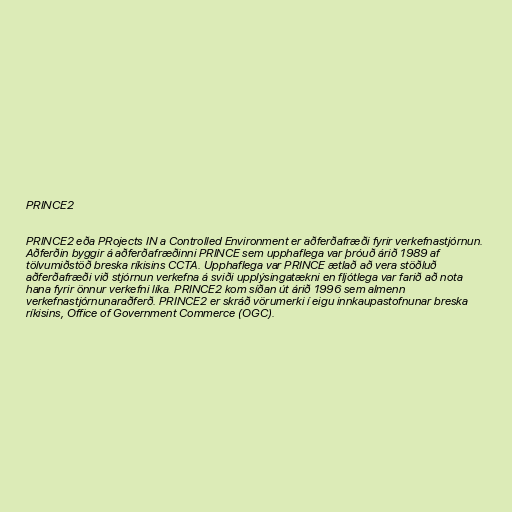
PRINCE2

PRINCE2 eða PRojects IN a Controlled Environment er aðferðafræði fyrir verkefnastjórnun.
Aðferðin byggir á aðferðafræðinni PRINCE sem upphaflega var þróuð árið 1989 af
tölvumiðstöð breska ríkisins CCTA. Upphaflega var PRINCE ætlað að vera stöðluð
aðferðafræði við stjórnun verkefna á sviði upplýsingatækni en fljótlega var farið að nota
hana fyrir önnur verkefni líka. PRINCE2 kom síðan út árið 1996 sem almenn
verkefnastjórnunaraðferð. PRINCE2 er skráð vörumerki í eigu innkaupastofnunar breska
ríkisins, Office of Government Commerce (OGC).